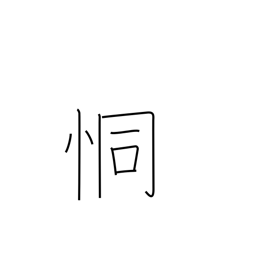
Meaning: fearful